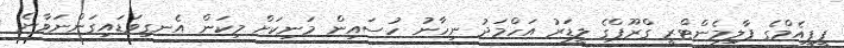
ޕީޕީއެމްގެ ޕާލިމެންޓްރީ ގްރޫޕްގެ ލީޑަރު އަހްމަދު ނިހާނު ހުސައިން މަނިކަށް މިކަން އެނގިވަޑައިގަންނަވާނެ